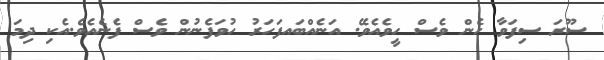
ސޫރަ ސިފަވާ ހެން ވެސް ހީވެއެވެ.ެ އަނެއްބައފަހަރު ހުވަފެނުން ވެސް ފެނެއެވެ.އެކި ދިމަ